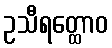
ဥသီရတ္ထောဝ